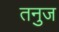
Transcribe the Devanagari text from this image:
तनुज